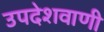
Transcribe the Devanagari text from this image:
उपदेशवाणी